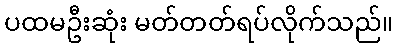
ပထမဦးဆုံး မတ်တတ်ရပ်လိုက်သည်။